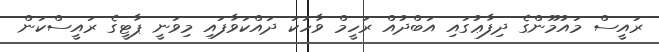
ރައީސް މައުމޫންގެ ދިފާޢުގައި އަބްދުއް ރަހީމް ވާހަކަ ދައްކަވާފައި މިވަނީ ޕާޓީގެ ރައީސްކަން